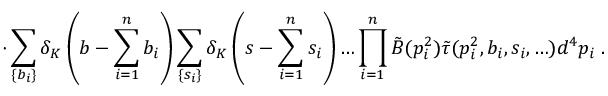
\cdot \sum _ { \{ b _ { i } \} } \delta _ { K } \left( b - \sum _ { i = 1 } ^ { n } b _ { i } \right) \sum _ { \{ s _ { i } \} } \delta _ { K } \left( s - \sum _ { i = 1 } ^ { n } s _ { i } \right) \ldots \prod _ { i = 1 } ^ { n } \tilde { B } ( p _ { i } ^ { 2 } ) \tilde { \tau } ( p _ { i } ^ { 2 } , b _ { i } , s _ { i } , \ldots ) d ^ { 4 } p _ { i } \; .